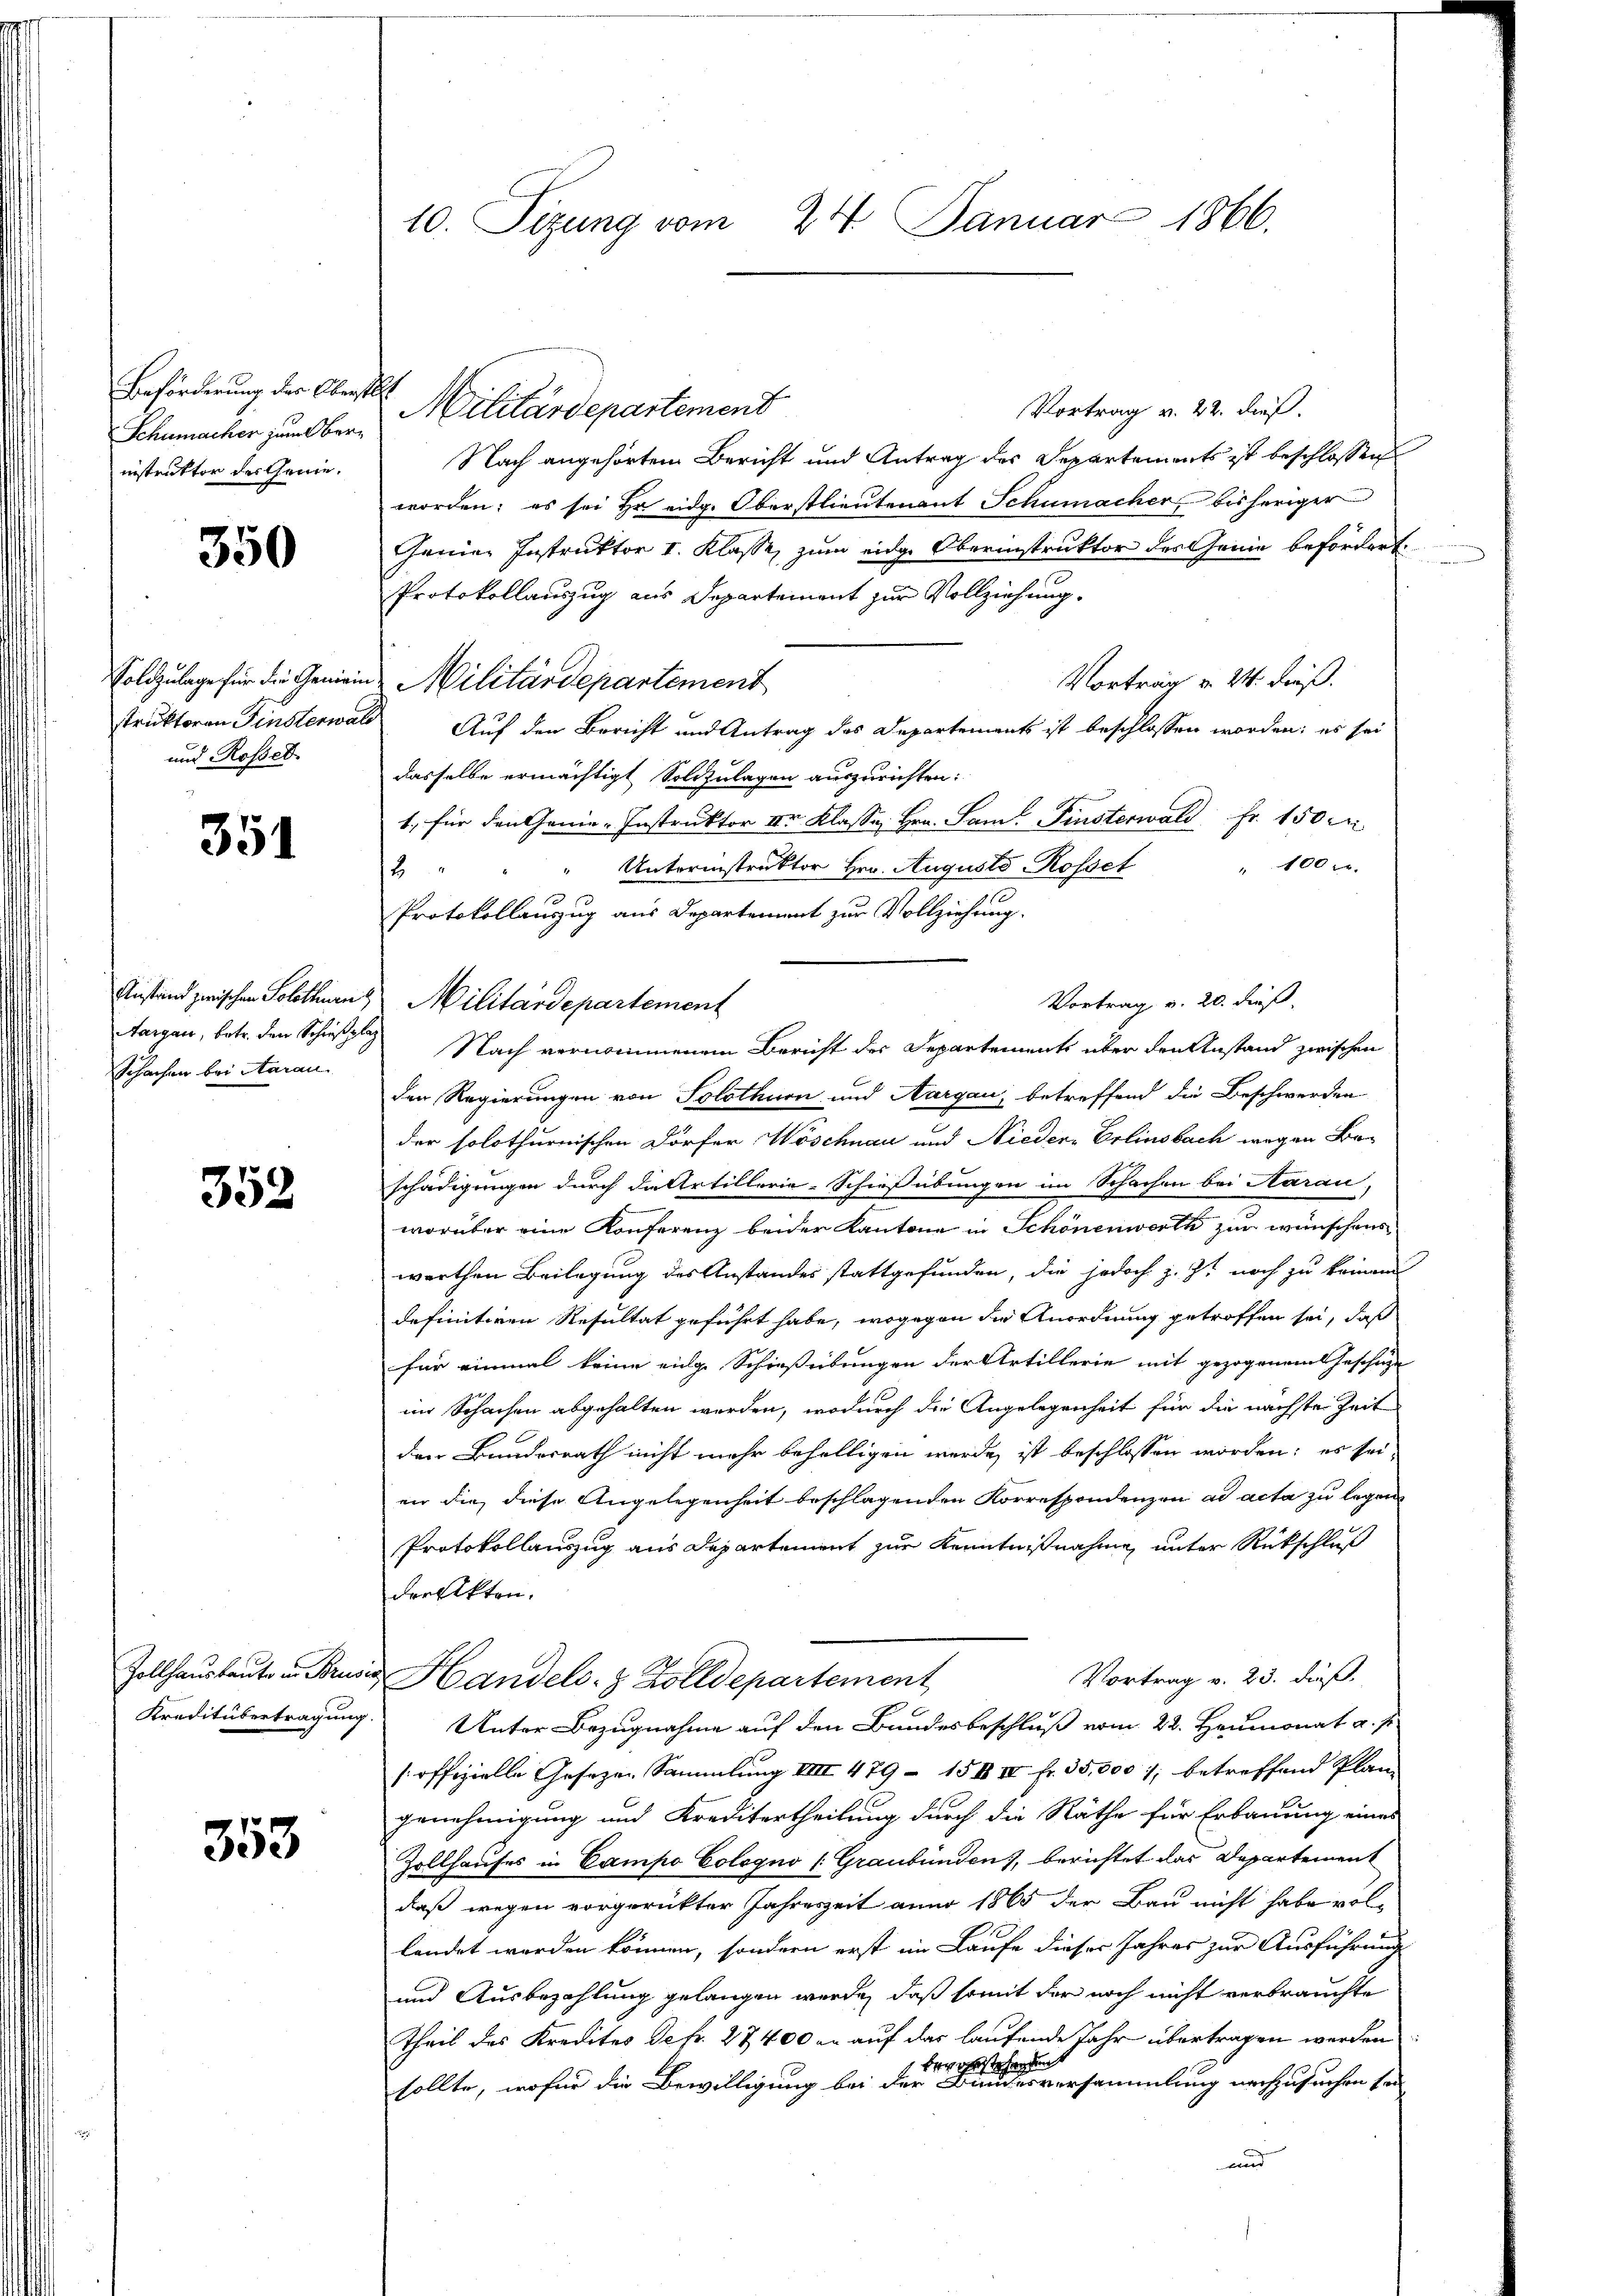
Beförderung der Oberstell
Schumacher zum Obernnstruktor des Genie¬

350

struktoren Finsterwa
und Rosset

351

Aargau, betr. den Schießpl
Schachen bei Aarau

352

353

10. Sizung vom 24. Januar 1866.

Vortrag v. 22. dieß.
Militärdepartement
Nach angehörtem Bericht und Antrag des Departements ist beschlossen
worden; es sei Hr eidg. Oberstlieutenant Schumacher bisheriger
Genien Instruktor I. Klasse, zum eidge Oberinstruktor des Genie befördert.
Protokollauszug aus Departement zur Vollziehung.
Vortrag v. 24. Fuß.
Soldzulage für die Gemeinde Militärdepartement
d Auf den Bericht und Antrag des Departements ist beschlossen worden; es sei
dasselbe ermächtigt Sollzulagen auszurichten:
1, für den Genie-Instruktor Dr. Klasse, Hrn. San. Finsterwald Fr. 1500
" 100 r.
" Unterinstruktor Hrn. Augusto Rosset
2
Protokollauszug aus Departement zur Vollziehung.
Anstand zwischen Solothurn Militärdepartement
Vortrag v. 20. dieß
 Nach vernommenem Bericht der Departements über den Anstand zwischen
den Regierungen von Solothurn und Aargau, betreffend die Beschwerden
der solothurnischen Dörfer Wöschnau und Niedere Erlinsbach wegen Beschädigungen durch da Artillerie-Schießübungen im Schachen bei Aarau,
worüber eine Konferenz beider Kantone in Schönenwerth zur wünschens
werthen Beilagung des Anstandes stattgefunden, die jedoch z. Z. noch zu keinem
definitiven Resultat geführt habe, wogegen die Anordnung getroffen sei, daß
für einmal keine eige Schiesseitungen der Artillerie mit gezogenem Geschitze
im Schachen abgehalten werden, wodurch die Angelegenheit für die nächste Zeit
den Bundesrath nicht mehr behelligen werde, ist beschlossen worden; es sei,
enn die diese Angelegenheit beschlagenden Korrespondenzen ad acta zu legen
Protokollauszug aus Departement zur Kenntnißnahme unter Rückschluß
dreckten.
Vortrag v. 23. dieß
Zollhaŭsbaŭte in Bruder Handels- & Zolldepartement
Kreditübertragung Unter Bezugnahme auf den Bundesbeschluß vom 22. Heumonat a. p.
[offizielle Gesezen Sammlung VIII 479 – 15 XIV fr. 35,000 1; betreffend Plan
genehmigung und Kreditertheilung durch die Räthe für Erbauung eines
Zollhauses in Campo Cologno (Graubünden), berichtet das Departement
daß wegen vorgerückter Jahreszeit anno 1865 der Bau nicht habe vollendet werden können, sondern erst im Laufe dieses Jahres zur Ausführung
und Ausbezahlung gelangen werde, daß somit der noch nicht verbrauchte
theil des Kredites Dekr. 27400 er auf das laufende Jahr übertragen werden
Forste
bergest
sollte, wofür die Bewilligung bei der Bundesversammlung nachzusuchen sei
und